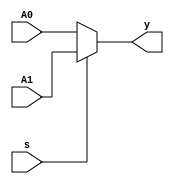
`timescale 1ns / 1ps
//////////////////////////////////////////////////////////////////////////////////
// Company: 
// Engineer: 
// 
// Design Name: 
// Module Name: _2x1_mux_rtl
// Project Name: 
// Target Devices: 
// Tool Versions: 
// Description: 
// 
// Dependencies: 
// 
// Revision:
// Revision 0.01 - File Created
// Additional Comments:
// 
//////////////////////////////////////////////////////////////////////////////////


module mux_2_1(
  input s,
  input A0, A1,
  output y);
  
  assign y = s ? A1 : A0;
endmodule